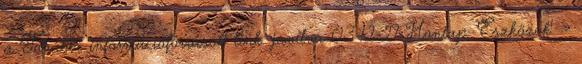
a 'További információforrások' link. javítva 03-12-27 Honlap: 'Eszközök' »